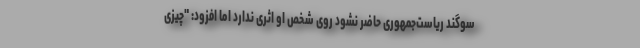
سوگند ریاست‌جمهوری حاضر نشود روی شخص او اثری ندارد اما افزود: "چیزی